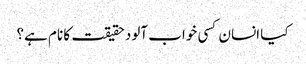
کیا انسان کسی خواب آلود حقیقت کا نام ہے؟